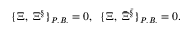
\{ \Xi ^ { \L } , \; \Xi ^ { \S } \} _ { P . B . } = 0 , \; \; \{ \Xi ^ { \L } , \; { \bar { \Xi } } ^ { \bar { \S } } \} _ { P . B . } = 0 .